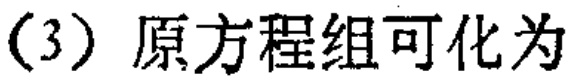
（3）原方程组可化为